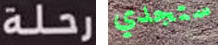
رحلة ستجدي